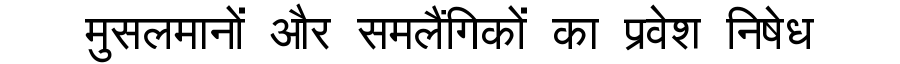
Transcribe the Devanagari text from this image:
मुसलमानों और समलैंगिकों का प्रवेश निषेध